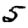
Digit: 5